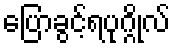
ပြောခွင့်ရပုဂ္ဂိုလ်